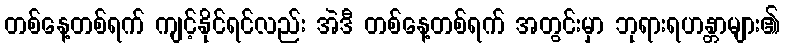
တစ်နေ့တစ်ရက် ကျင့်နိုင်ရင်လည်း အဲဒီ တစ်နေ့တစ်ရက် အတွင်းမှာ ဘုရားရဟန္တာများ၏